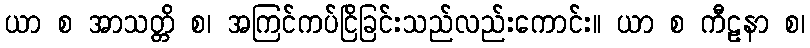
ယာ စ အာသတ္တိ စ၊ အကြင်ကပ်ငြိခြင်းသည်လည်းကောင်း။ ယာ စ ကီဠနာ စ၊